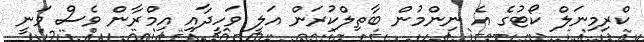
ކްރިމިނަލް ކޯޓުގެ އެ ނިންމުން ބާތިލްކުރަން އަލީ ވަހީދާއި އިމްރާން ވެސް ވަނީ